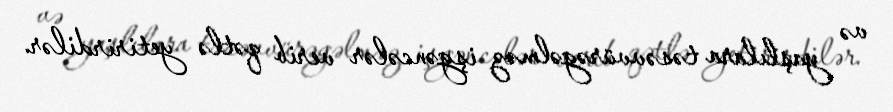
və yaşlılara təsəvvürəgəlməz işgəncələr verib qətlə yetirirdilər.